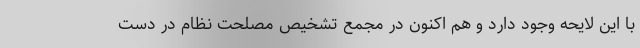
با این لایحه وجود دارد و هم اکنون در مجمع تشخیص مصلحت نظام در دست